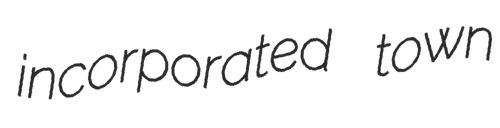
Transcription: incorporated town